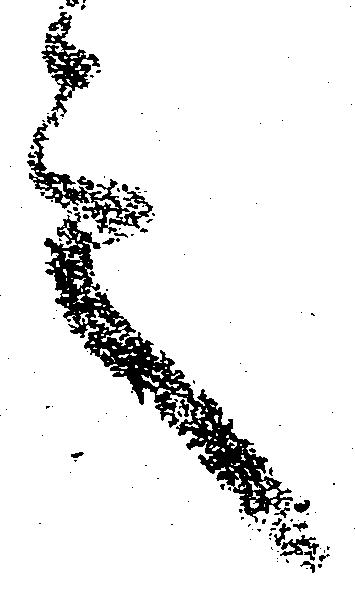
之